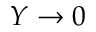
Y \rightarrow 0